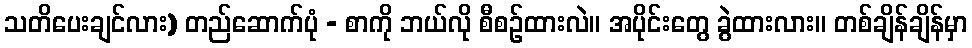
သတိပေးချင်လား) တည်ဆောက်ပုံ - စာကို ဘယ်လို စီစဉ်ထားလဲ။ အပိုင်းတွေ ခွဲထားလား။ တစ်ချိန်ချိန်မှာ